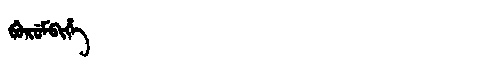
Manchu: ᠪᡠᡵᡠᠮᠪᡳᡥᡝ
Romanization: BURUMBIHE